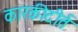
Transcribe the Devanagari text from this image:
कारकीदीर्त